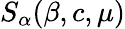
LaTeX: S_{\alpha}(\beta,c,\mu)